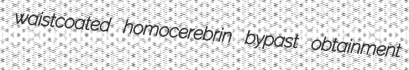
waistcoated homocerebrin bypast obtainment